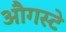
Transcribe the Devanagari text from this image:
औगस्टे